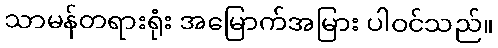
သာမန်တရားရုံး အမြောက်အမြား ပါဝင်သည်။